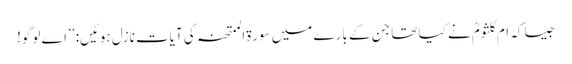
جیسا کہ ام کلثومؓ نے کیا تھا جن کے بارے میں سورۃ الممتحنہ کی آیات نازل ہوئیں: ’’اے لوگو!